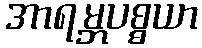
အာရမ္ဘပစ္စယာ